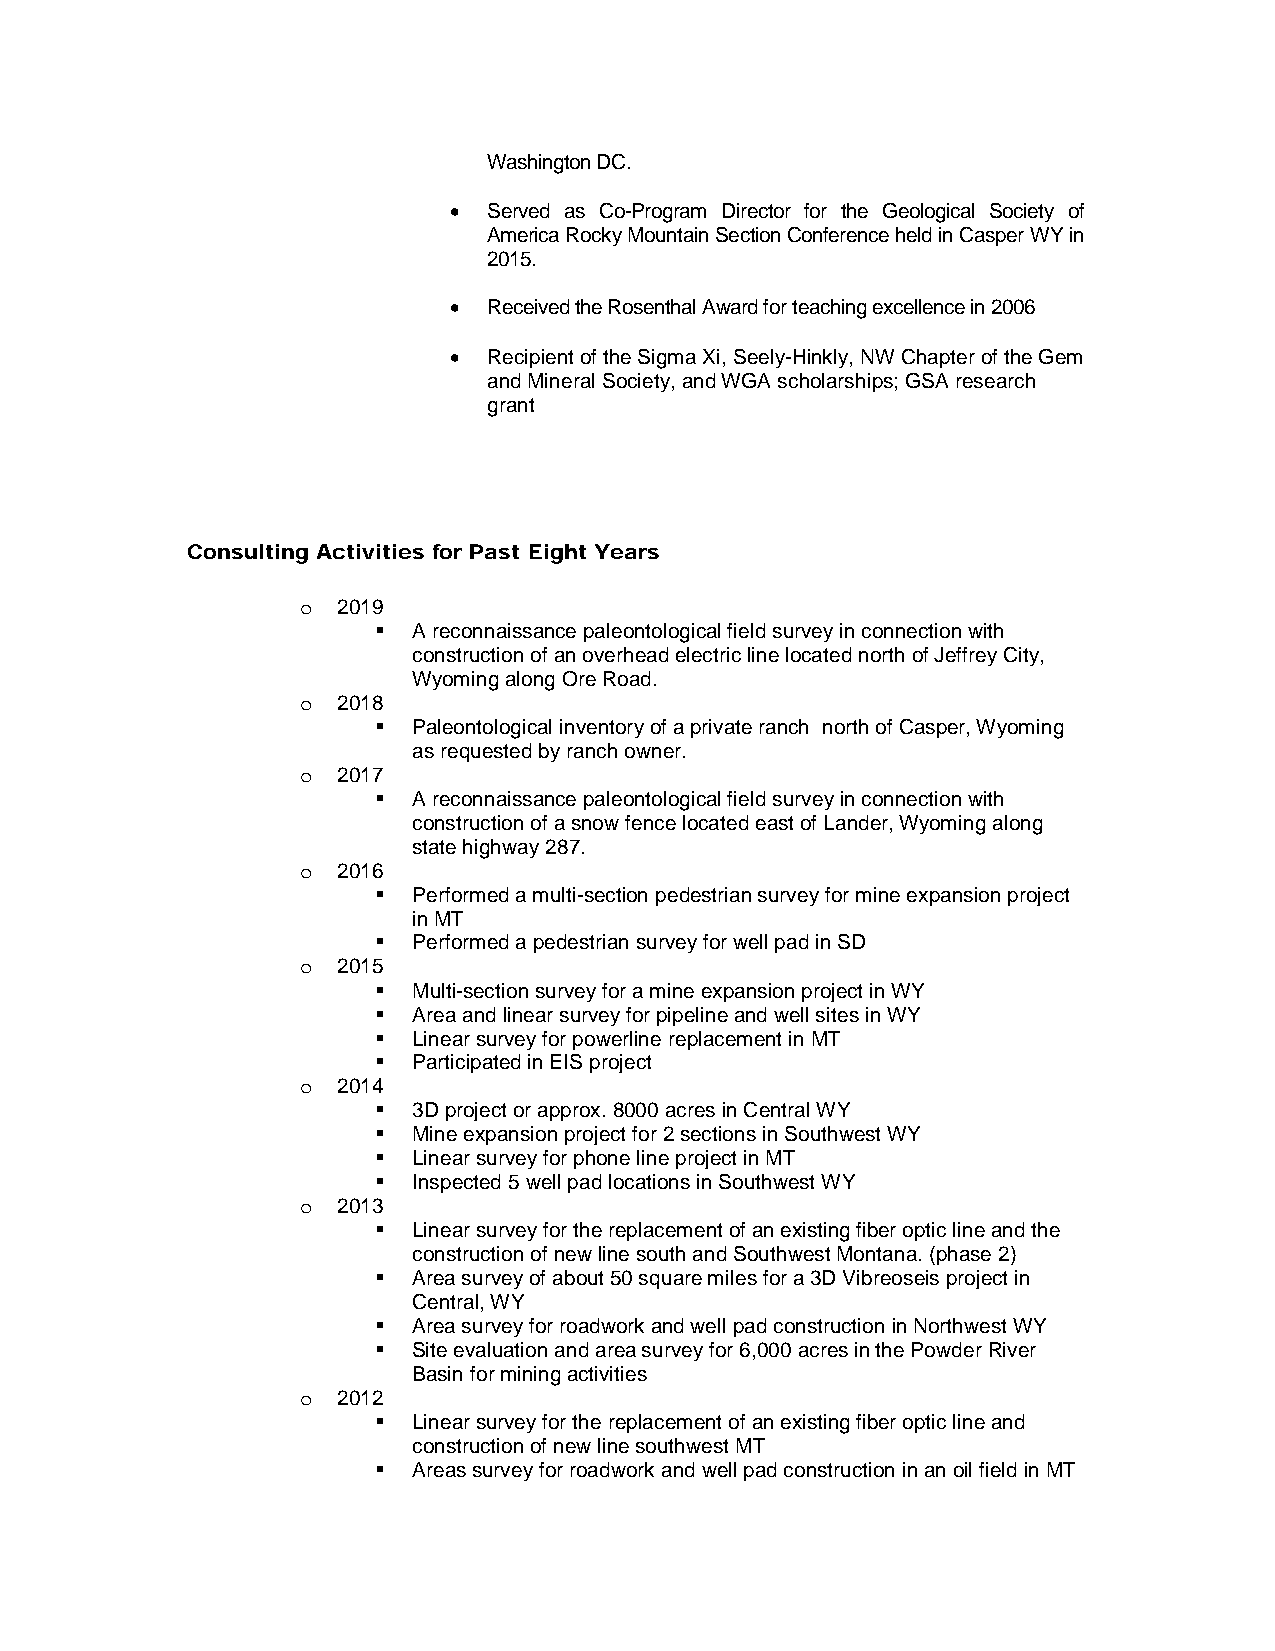
Washington DC.
 • Served as Co-Program Director for the Geological Society of
 America Rocky Mountain Section Conference held in Casper WY in
 2015.
 • Received the Rosenthal Award for teaching excellence in 2006
 • Recipient of the Sigma Xi, Seely-Hinkly, NW Chapter of the Gem
 and Mineral Society, and WGA scholarships; GSA research
 grant
 Consulting Activities for Past Eight Years
 2019
 o
  A reconnaissance paleontological field survey in connection with
 construction of an overhead electric line located north of Jeffrey City,
 Wyoming along Ore Road.
 2018
 o
  Paleontological inventory of a private ranch north of Casper, Wyoming
 as requested by ranch owner.
 2017
 o
  A reconnaissance paleontological field survey in connection with
 construction of a snow fence located east of Lander, Wyoming along
 state highway 287.
 2016
 o
  Performed a multi-section pedestrian survey for mine expansion project
 in MT
  Performed a pedestrian survey for well pad in SD
 2015
 o
  Multi-section survey for a mine expansion project in WY
  Area and linear survey for pipeline and well sites in WY
  Linear survey for powerline replacement in MT
  Participated in EIS project
 2014
 o
  3D project or approx. 8000 acres in Central WY
  Mine expansion project for 2 sections in Southwest WY
  Linear survey for phone line project in MT
  Inspected 5 well pad locations in Southwest WY
 2013
 o
  Linear survey for the replacement of an existing fiber optic line and the
 construction of new line south and Southwest Montana. (phase 2)
  Area survey of about 50 square miles for a 3D Vibreoseis project in
 Central, WY
  Area survey for roadwork and well pad construction in Northwest WY
  Site evaluation and area survey for 6,000 acres in the Powder River
 Basin for mining activities
 2012
 o
  Linear survey for the replacement of an existing fiber optic line and
 construction of new line southwest MT
  Areas survey for roadwork and well pad construction in an oil field in MT